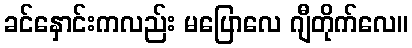
ခင်နှောင်းကလည်း မပြောလေ ဂျီတိုက်လေ။